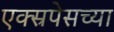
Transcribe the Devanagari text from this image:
एक्स्रपेसच्या